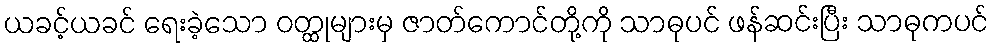
ယခင့်ယခင် ရေးခဲ့သော ဝတ္ထုများမှ ဇာတ်ကောင်တို့ကို သာဓုပင် ဖန်ဆင်းပြီး သာဓုကပင်